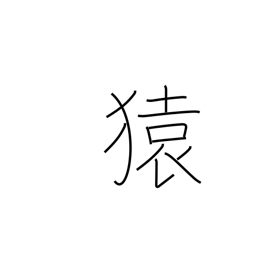
Meaning: monkey